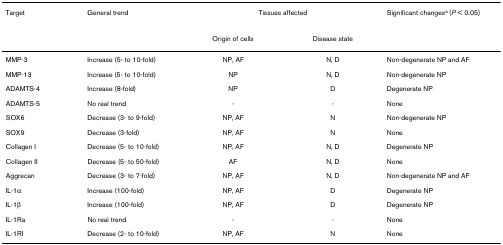
<table><thead><tr><td><b>Target</b></td><td><b>General trend</b></td><td colspan="2"><b>Tissues affected</b></td><td><b>Significant changes<sup>a </sup>(<i>P </i>&lt; 0.05)</b></td></tr><tr><td></td><td></td><td><b>Origin of cells</b></td><td><b>Disease state</b></td><td></td></tr></thead><tbody><tr><td>MMP-3</td><td>Increase (5- to 10-fold)</td><td>NP, AF</td><td>N, D</td><td>Non-degenerate NP and AF</td></tr><tr><td>MMP-13</td><td>Increase (5- to 10-fold)</td><td>NP</td><td>N, D</td><td>Non-degenerate NP</td></tr><tr><td>ADAMTS-4</td><td>Increase (8-fold)</td><td>NP</td><td>D</td><td>Degenerate NP</td></tr><tr><td>ADAMTS-5</td><td>No real trend</td><td>-</td><td>-</td><td>None</td></tr><tr><td>SOX6</td><td>Decrease (3- to 9-fold)</td><td>NP, AF</td><td>N</td><td>Non-degenerate NP</td></tr><tr><td>SOX9</td><td>Decrease (3-fold)</td><td>NP, AF</td><td>N</td><td>None</td></tr><tr><td>Collagen I</td><td>Decrease (5- to 10-fold)</td><td>NP, AF</td><td>N, D</td><td>Degenerate NP</td></tr><tr><td>Collagen II</td><td>Decrease (5- to 50-fold)</td><td>AF</td><td>N, D</td><td>None</td></tr><tr><td>Aggrecan</td><td>Decrease (3- to 7-fold)</td><td>NP, AF</td><td>N, D</td><td>Non-degenerate NP and AF</td></tr><tr><td>IL-1α</td><td>Increase (100-fold)</td><td>NP, AF</td><td>D</td><td>Degenerate NP</td></tr><tr><td>IL-1β</td><td>Increase (100-fold)</td><td>NP, AF</td><td>D</td><td>Degenerate NP</td></tr><tr><td>IL-1Ra</td><td>No real trend</td><td>-</td><td>-</td><td>None</td></tr><tr><td>IL-1RI</td><td>Decrease (2- to 10-fold)</td><td>NP, AF</td><td>N</td><td>None</td></tr></tbody></table>